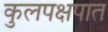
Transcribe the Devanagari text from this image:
कुलपक्षपात